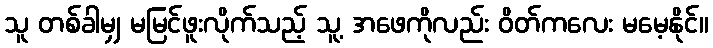
သူ တစ်ခါမျှ မမြင်ဖူးလိုက်သည့် သူ့ အဖေကိုလည်း ဝိတ်ကလေး မမေ့နိုင်။